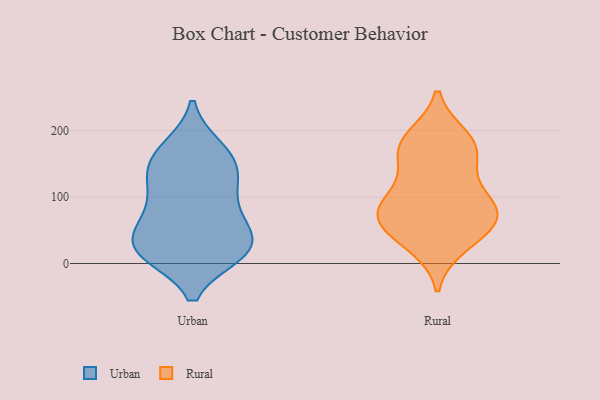
{"axis": {"x": "Population (Million)", "y": "Value"}, "legend": ["Rural", "Urban"], "data": [{"x": "", "y": 128, "type": "Urban"}, {"x": "", "y": 93, "type": "Urban"}, {"x": "", "y": 43, "type": "Urban"}, {"x": "", "y": 19, "type": "Urban"}, {"x": "", "y": 174, "type": "Urban"}, {"x": "", "y": 158, "type": "Urban"}, {"x": "", "y": 22, "type": "Urban"}, {"x": "", "y": 174, "type": "Urban"}, {"x": "", "y": 70, "type": "Urban"}, {"x": "", "y": 69, "type": "Urban"}, {"x": "", "y": 16, "type": "Urban"}, {"x": "", "y": 54, "type": "Urban"}, {"x": "", "y": 18, "type": "Urban"}, {"x": "", "y": 19, "type": "Urban"}, {"x": "", "y": 136, "type": "Urban"}, {"x": "", "y": 144, "type": "Urban"}, {"x": "", "y": 15, "type": "Urban"}, {"x": "", "y": 115, "type": "Urban"}, {"x": "", "y": 28, "type": "Rural"}, {"x": "", "y": 148, "type": "Rural"}, {"x": "", "y": 185, "type": "Rural"}, {"x": "", "y": 37, "type": "Rural"}, {"x": "", "y": 166, "type": "Rural"}, {"x": "", "y": 94, "type": "Rural"}, {"x": "", "y": 189, "type": "Rural"}, {"x": "", "y": 66, "type": "Rural"}, {"x": "", "y": 63, "type": "Rural"}, {"x": "", "y": 68, "type": "Rural"}, {"x": "", "y": 94, "type": "Rural"}, {"x": "", "y": 99, "type": "Rural"}, {"x": "", "y": 70, "type": "Rural"}, {"x": "", "y": 173, "type": "Rural"}]}